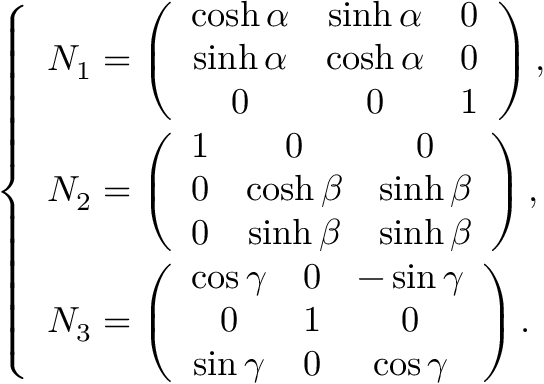
\left\{ \begin{array} { l } { { N _ { 1 } = \left( \begin{array} { c c c } { { \cosh \alpha } } & { { \sinh \alpha } } & { { 0 } } \\ { { \sinh \alpha } } & { { \cosh \alpha } } & { { 0 } } \\ { { 0 } } & { { 0 } } & { { 1 } } \end{array} \right) , } } \\ { { N _ { 2 } = \left( \begin{array} { c c c } { { 1 } } & { { 0 } } & { { 0 } } \\ { { 0 } } & { { \cosh \beta } } & { { \sinh \beta } } \\ { { 0 } } & { { \sinh \beta } } & { { \sinh \beta } } \end{array} \right) , } } \\ { { N _ { 3 } = \left( \begin{array} { c c c } { { \cos \gamma } } & { { 0 } } & { { - \sin \gamma } } \\ { { 0 } } & { { 1 } } & { { 0 } } \\ { { \sin \gamma } } & { { 0 } } & { { \cos \gamma } } \end{array} \right) . } } \end{array} \right.